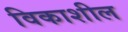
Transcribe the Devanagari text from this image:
विकाशील